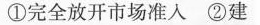
①完全放开市场准入②建